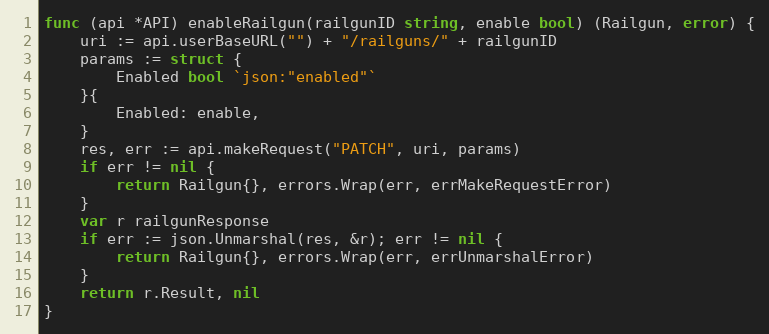
Language: Go
func (api *API) enableRailgun(railgunID string, enable bool) (Railgun, error) {
	uri := api.userBaseURL("") + "/railguns/" + railgunID
	params := struct {
		Enabled bool `json:"enabled"`
	}{
		Enabled: enable,
	}
	res, err := api.makeRequest("PATCH", uri, params)
	if err != nil {
		return Railgun{}, errors.Wrap(err, errMakeRequestError)
	}
	var r railgunResponse
	if err := json.Unmarshal(res, &r); err != nil {
		return Railgun{}, errors.Wrap(err, errUnmarshalError)
	}
	return r.Result, nil
}